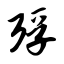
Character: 殍